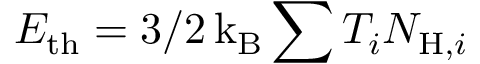
E _ { \mathrm { t h } } = 3 / 2 \, \mathrm { k _ { B } } \sum T _ { i } N _ { \mathrm { H } , i }